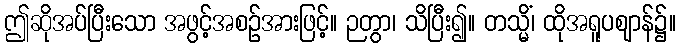
ဤဆိုအပ်ပြီးသော အဖွင့်အစဉ်အားဖြင့်။ ဉတွာ၊ သိပြီး၍။ တသ္မိံ၊ ထိုအရူပဈာန်၌။